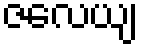
ဇလေယျ